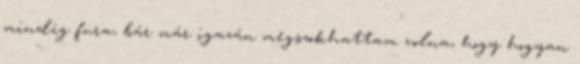
mindig fura, bár már igazán megszokhattam volna, hogy hogyan